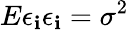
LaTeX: E\epsilon_{\mathbf{i}}\epsilon_{\mathbf{i}}=\sigma^{2}